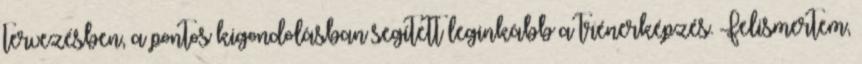
tervezésben, a pontos kigondolásban segített leginkább a trénerképzés. Felismertem,